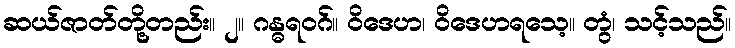
ဆယ်ဇာတ်တို့တည်း။ ၂။ ဂန္ဓရဝဂ်။ ဝိဒေဟ၊ ဝိဒေဟရသေ့။ တွံ၊ သင့်သည်။